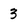
Character: 3